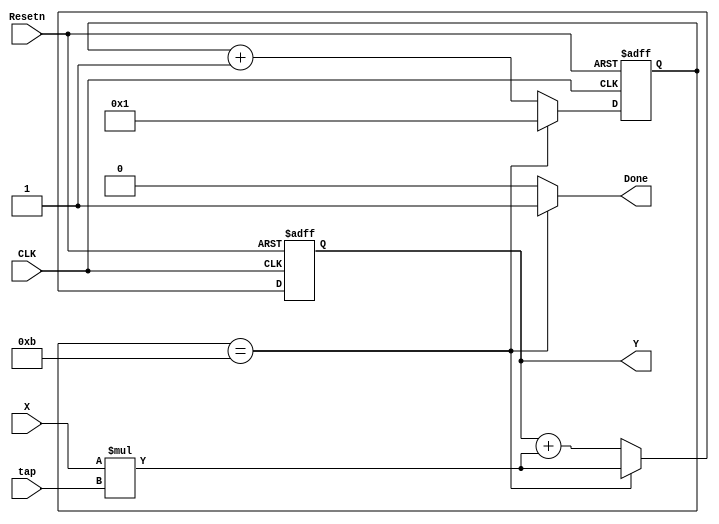
`timescale 1ns / 100ps

module FIR_kernel(
    input [31:0] X,
    input [31:0] tap,
    input CLK,
    input Resetn,
    output reg [31:0] Y,
    output Done
);

reg [3:0] Done_count;

always @(posedge CLK or negedge Resetn) begin
    if (~Resetn) begin
        Done_count <= 4'b0001; // Initialize to 0001
        Y <= 32'b0;
    end else begin
        if (Done_count == 4'b1011) begin
            Y <= (X * tap);
            Done_count <= 4'b0001;
        end else begin
            Y <= Y + (X * tap);
            Done_count <= Done_count + 1;
        end
    end
end

assign Done = (Done_count == 4'b1011) ? 1'b1 : 1'b0;

endmodule